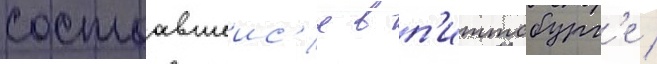
состоавшеис'я в п'иттсбург'е /